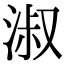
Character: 淑